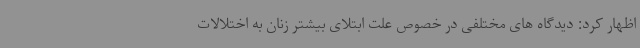
اظهار کرد: دیدگاه های مختلفی در خصوص علت ابتلای بیشتر زنان به اختلالات